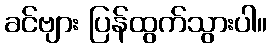
ခင်ဗျား ပြန်ထွက်သွားပါ။